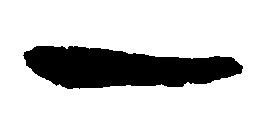
一